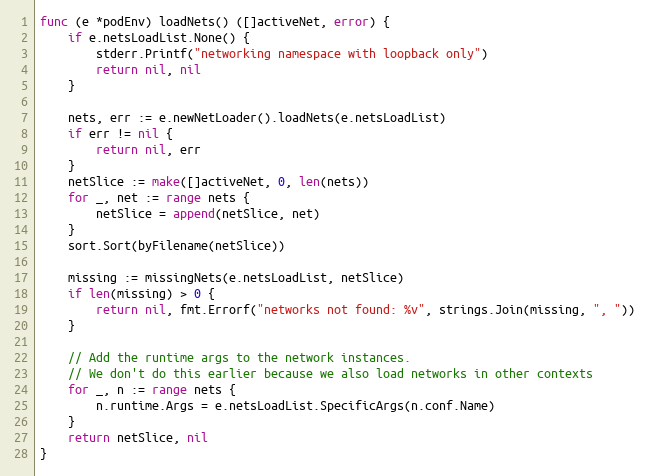
Language: Go
func (e *podEnv) loadNets() ([]activeNet, error) {
	if e.netsLoadList.None() {
		stderr.Printf("networking namespace with loopback only")
		return nil, nil
	}

	nets, err := e.newNetLoader().loadNets(e.netsLoadList)
	if err != nil {
		return nil, err
	}
	netSlice := make([]activeNet, 0, len(nets))
	for _, net := range nets {
		netSlice = append(netSlice, net)
	}
	sort.Sort(byFilename(netSlice))

	missing := missingNets(e.netsLoadList, netSlice)
	if len(missing) > 0 {
		return nil, fmt.Errorf("networks not found: %v", strings.Join(missing, ", "))
	}

	// Add the runtime args to the network instances.
	// We don't do this earlier because we also load networks in other contexts
	for _, n := range nets {
		n.runtime.Args = e.netsLoadList.SpecificArgs(n.conf.Name)
	}
	return netSlice, nil
}